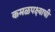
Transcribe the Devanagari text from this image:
कमळपक्ष्याची